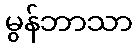
မွန်ဘာသာ